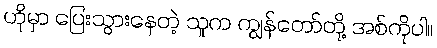
ဟိုမှာ ပြေးသွားနေတဲ့ သူက ကျွန်တော်တို့ အစ်ကိုပါ။